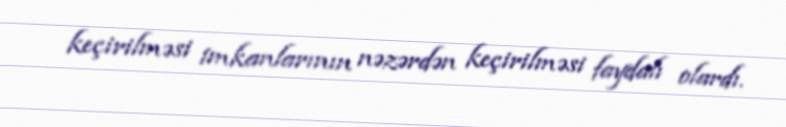
keçirilməsi imkanlarının nəzərdən keçirilməsi faydalı olardı.